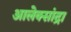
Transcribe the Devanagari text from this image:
आलेक्सांद्रा